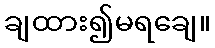
ချထား၍မရချေ။